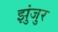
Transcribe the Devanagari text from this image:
झुंजुर